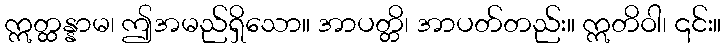
ဣတ္ထန္နာမ၊ ဤအမည်ရှိသော။ အာပတ္တိ၊ အာပတ်တည်း။ ဣတိဝါ၊ ၎င်း။